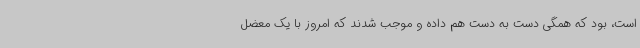
است، بود که همگی دست به دست هم داده و ‌موجب شدند که امروز با یک معضل